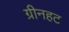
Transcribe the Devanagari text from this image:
ग्रीनहट